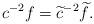
LaTeX: \begin{align*}c^{-2}f=\widetilde{c}^{-2}\widetilde{f}. \end{align*}